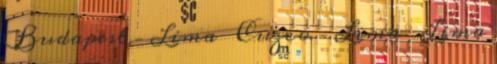
Budapest – Lima Cuzco – Lima Lima